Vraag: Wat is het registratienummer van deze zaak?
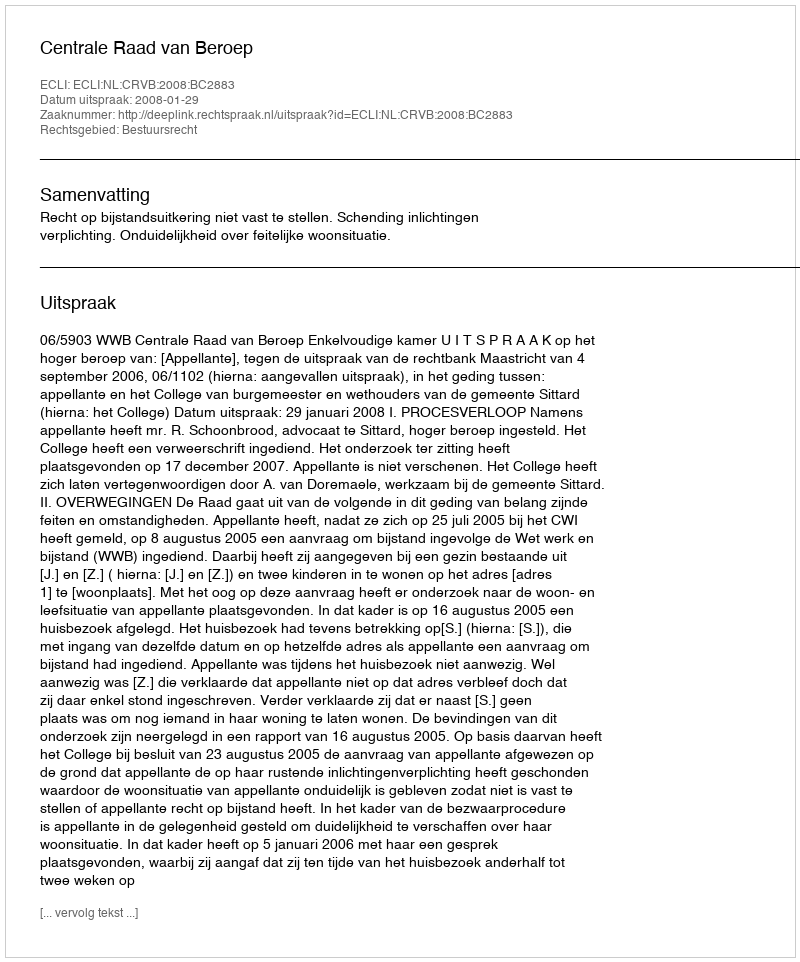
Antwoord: http://deeplink.rechtspraak.nl/uitspraak?id=ECLI:NL:CRVB:2008:BC2883